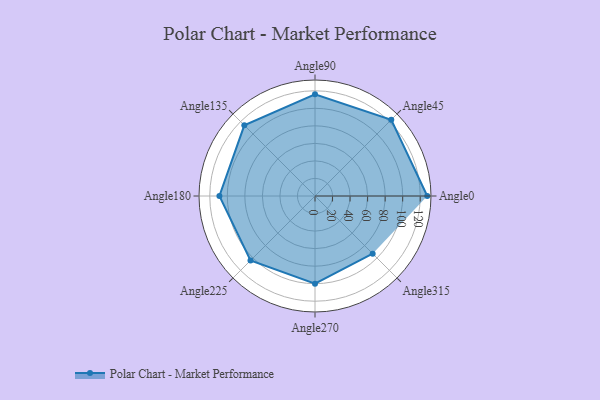
{"axis": {"x": "Angle", "y": "Radius"}, "legend": [""], "data": [{"x": "Angle0", "y": 128.0, "type": ""}, {"x": "Angle45", "y": 123.0, "type": ""}, {"x": "Angle90", "y": 116.0, "type": ""}, {"x": "Angle135", "y": 114.0, "type": ""}, {"x": "Angle180", "y": 109.0, "type": ""}, {"x": "Angle225", "y": 104.0, "type": ""}, {"x": "Angle270", "y": 100.0, "type": ""}, {"x": "Angle315", "y": 93.0, "type": ""}]}